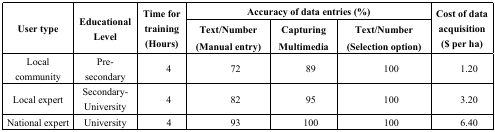
<table><thead><tr><td rowspan="2"><b>User type</b></td><td rowspan="2"><b>Educational Level</b></td><td rowspan="2"><b>Time for training(Hours)</b></td><td colspan="3"><b>Accuracy of data entries (%)</b></td><td rowspan="2"><b>Cost of data acquisition($ per ha)</b></td></tr><tr><td><b>Text/Number(Manual entry)</b></td><td><b>Capturing Multimedia</b></td><td><b>Text/Number(Selection option)</b></td></tr></thead><tbody><tr><td>Local community</td><td>Pre-secondary</td><td>4</td><td>72</td><td>89</td><td>100</td><td>1.20</td></tr><tr><td>Local expert</td><td>Secondary-University</td><td>4</td><td>82</td><td>95</td><td>100</td><td>3.20</td></tr><tr><td>National expert</td><td>University</td><td>4</td><td>93</td><td>100</td><td>100</td><td>6.40</td></tr></tbody></table>